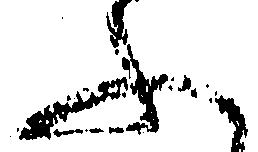
ふ